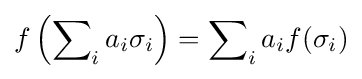
f\left(\sum \nolimits _{i}a_{i}\sigma _{i}\right)=\sum \nolimits _{i}a_{i}f(\sigma _{i})